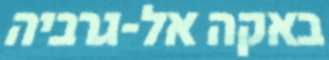
באקה אל-גרביה